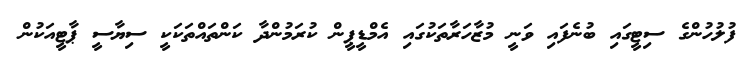
ފުލުހުންގެ ސިޓީގައި ބުނެފައި ވަނީ މުޒާހަރާތަކުގައި އެމްޑީޕީން ކުރަމުންދާ ކަންތައްތަކަކީ ސިޔާސީ ޕާޓީއަކުން